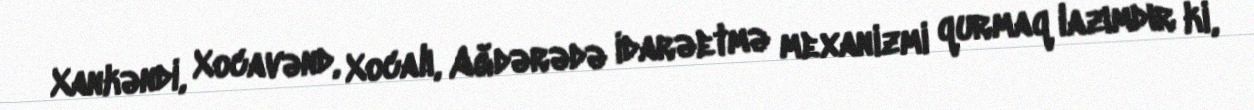
Xankəndi, Xocavənd, Xocalı, Ağdərədə idarəetmə mexanizmi qurmaq lazımdır ki,